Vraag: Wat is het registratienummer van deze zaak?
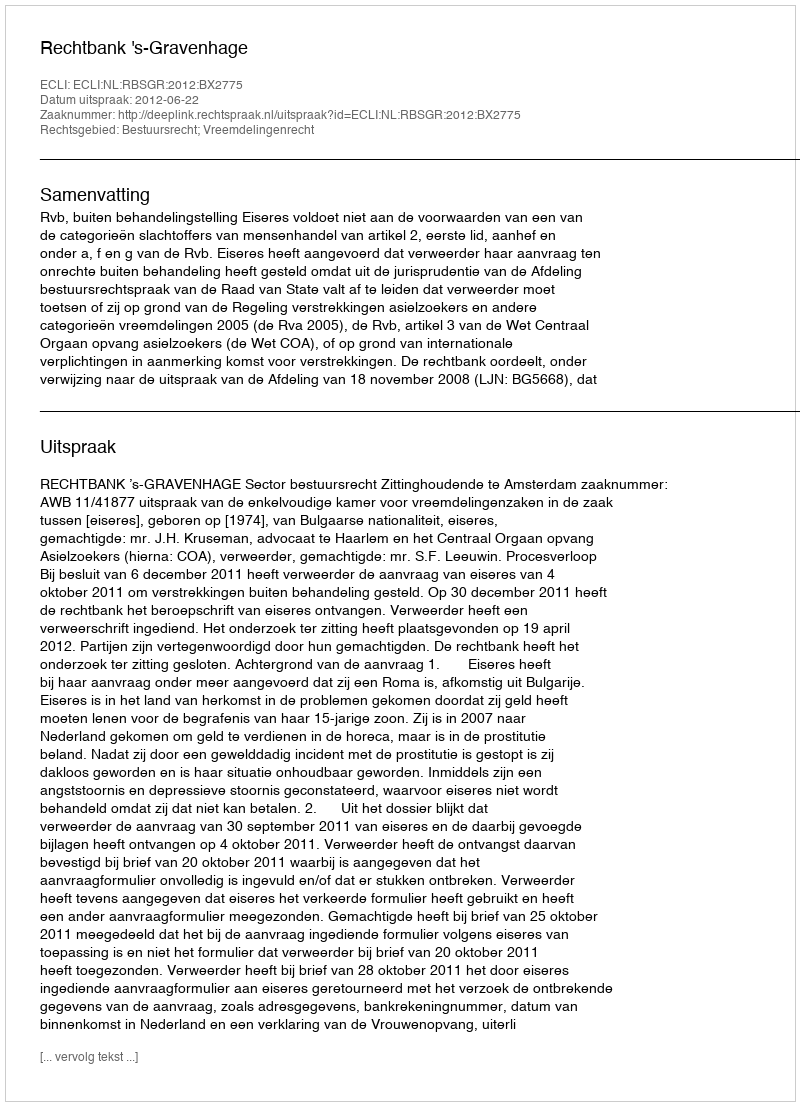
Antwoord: http://deeplink.rechtspraak.nl/uitspraak?id=ECLI:NL:RBSGR:2012:BX2775